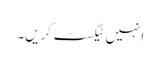
انہیں ٹیکسٹ کریں۔